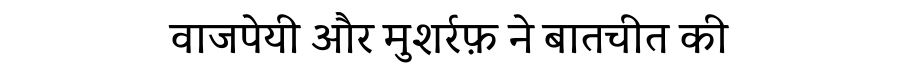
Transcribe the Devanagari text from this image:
वाजपेयी और मुशर्रफ़ ने बातचीत की